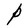
Character: P